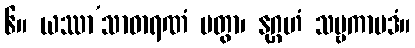
၆။ ယဿာ’သာဓာရဏံ ပတွာ၊ နုဂ္ဂဟံ သဗ္ဗကာမဒံ။